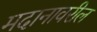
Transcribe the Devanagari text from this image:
मदानावरील